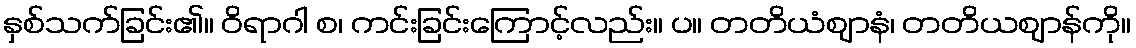
နှစ်သက်ခြင်း၏။ ဝိရာဂါ စ၊ ကင်းခြင်းကြောင့်လည်း။ ပ။ တတိယံဈာနံ၊ တတိယဈာန်ကို။